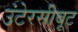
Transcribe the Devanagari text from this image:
उंटेरसीबूट